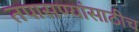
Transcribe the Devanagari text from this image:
तपासण्यांसाठीच